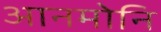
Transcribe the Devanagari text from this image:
आनमोनि